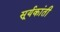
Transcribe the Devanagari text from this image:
सूर्यकांती